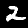
Digit: 2